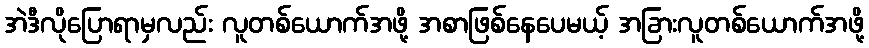
အဲဒီလိုပြောရာမှလည်း လူတစ်ယောက်အဖို့ အစာဖြစ်နေပေမယ့် အခြားလူတစ်ယောက်အဖို့